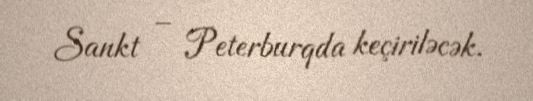
Sankt – Peterburqda keçiriləcək.